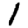
Digit: 1